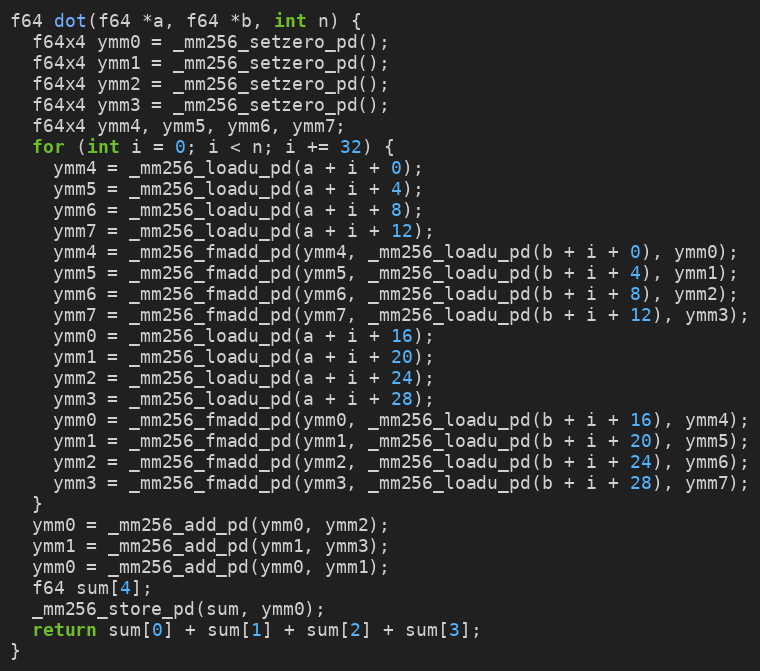
Language: C++
f64 dot(f64 *a, f64 *b, int n) {
  f64x4 ymm0 = _mm256_setzero_pd();
  f64x4 ymm1 = _mm256_setzero_pd();
  f64x4 ymm2 = _mm256_setzero_pd();
  f64x4 ymm3 = _mm256_setzero_pd();
  f64x4 ymm4, ymm5, ymm6, ymm7;
  for (int i = 0; i < n; i += 32) {
    ymm4 = _mm256_loadu_pd(a + i + 0);
    ymm5 = _mm256_loadu_pd(a + i + 4);
    ymm6 = _mm256_loadu_pd(a + i + 8);
    ymm7 = _mm256_loadu_pd(a + i + 12);
    ymm4 = _mm256_fmadd_pd(ymm4, _mm256_loadu_pd(b + i + 0), ymm0);
    ymm5 = _mm256_fmadd_pd(ymm5, _mm256_loadu_pd(b + i + 4), ymm1);
    ymm6 = _mm256_fmadd_pd(ymm6, _mm256_loadu_pd(b + i + 8), ymm2);
    ymm7 = _mm256_fmadd_pd(ymm7, _mm256_loadu_pd(b + i + 12), ymm3);
    ymm0 = _mm256_loadu_pd(a + i + 16);
    ymm1 = _mm256_loadu_pd(a + i + 20);
    ymm2 = _mm256_loadu_pd(a + i + 24);
    ymm3 = _mm256_loadu_pd(a + i + 28);
    ymm0 = _mm256_fmadd_pd(ymm0, _mm256_loadu_pd(b + i + 16), ymm4);
    ymm1 = _mm256_fmadd_pd(ymm1, _mm256_loadu_pd(b + i + 20), ymm5);
    ymm2 = _mm256_fmadd_pd(ymm2, _mm256_loadu_pd(b + i + 24), ymm6);
    ymm3 = _mm256_fmadd_pd(ymm3, _mm256_loadu_pd(b + i + 28), ymm7);
  }
  ymm0 = _mm256_add_pd(ymm0, ymm2);
  ymm1 = _mm256_add_pd(ymm1, ymm3);
  ymm0 = _mm256_add_pd(ymm0, ymm1);
  f64 sum[4];
  _mm256_store_pd(sum, ymm0);
  return sum[0] + sum[1] + sum[2] + sum[3];
}